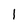
Character: 1